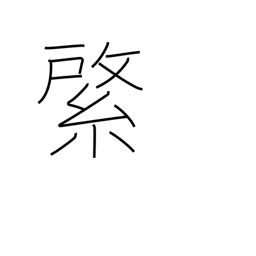
Meaning: emblem on banner